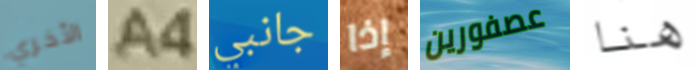
الأخري A4 جانبي إذا عصفورين هنا